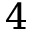
4